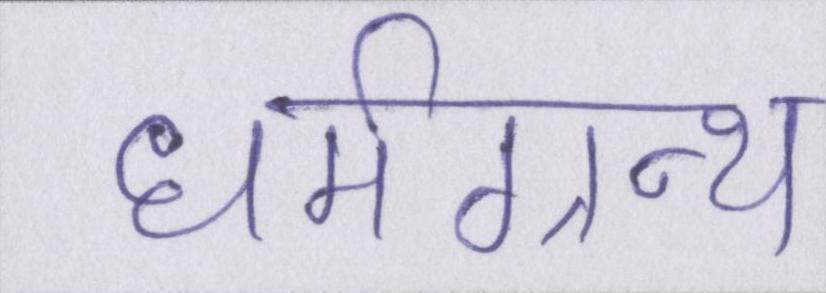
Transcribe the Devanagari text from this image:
धर्मग्रन्थ